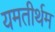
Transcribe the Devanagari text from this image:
यमतीर्थम